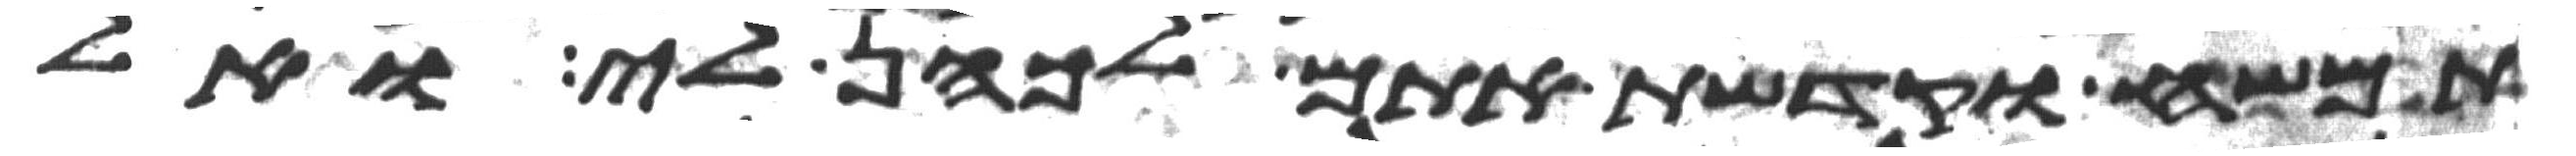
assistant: תמשח וקדשת אתם לכהן לי ואל